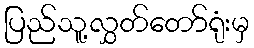
ပြည်သူ့လွှတ်တော်ရုံးမှ